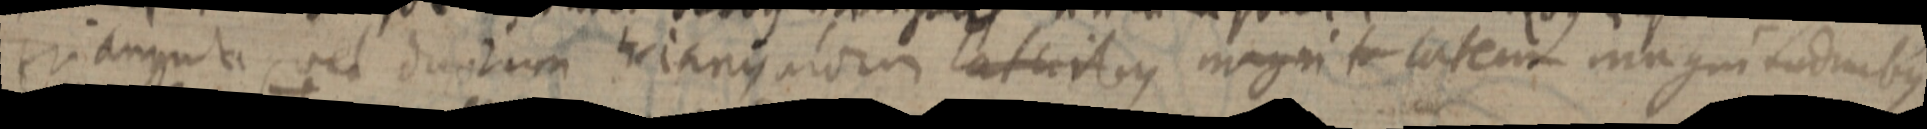
triangula, vel duorum triangulorum lateribus magni _ latem magnitu duobus